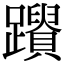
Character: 𨇚